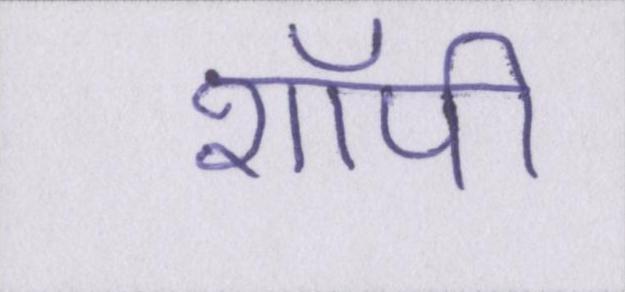
शॉपी